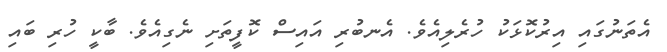
އެތަނުގައި އިރުކޮޅަކު ހުރެލިއެވެ. އެނބުރި އައިސް ކޮފީތަށި ނެގިއެވެ. ބާކީ ހުރި ބައި